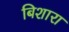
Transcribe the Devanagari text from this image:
बिशारा